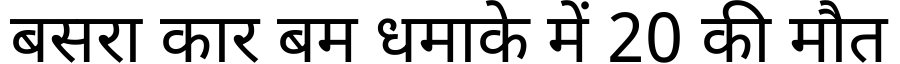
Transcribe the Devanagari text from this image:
बसरा कार बम धमाके में 20 की मौत